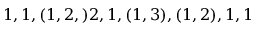
\begin{array} { r } { 1 , 1 , ( 1 , 2 , ) 2 , 1 , ( 1 , 3 ) , ( 1 , 2 ) , 1 , 1 } \end{array}